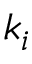
k _ { i }